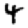
Digit: 4